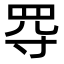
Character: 㝶